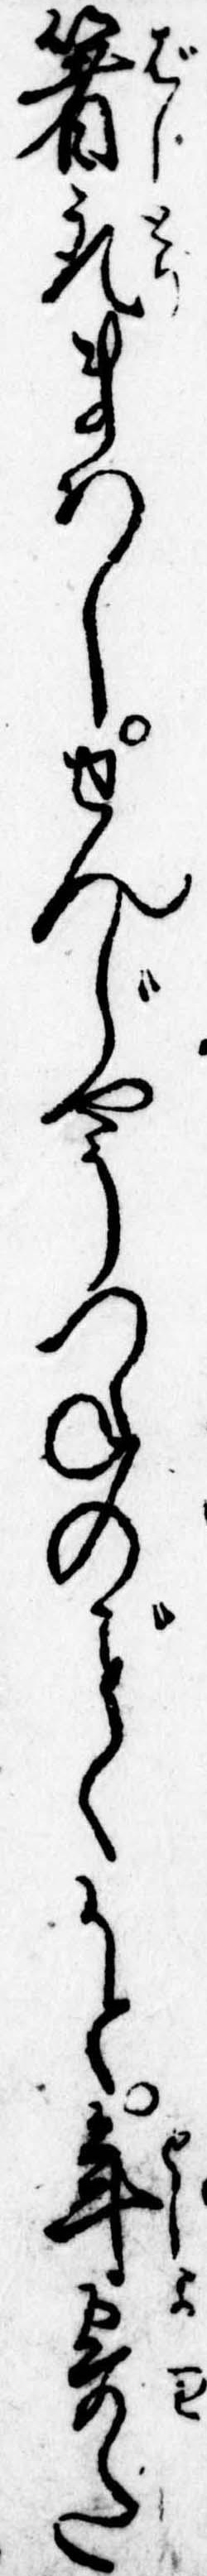
箸取まはしせんじやうつねのくかと年寄た